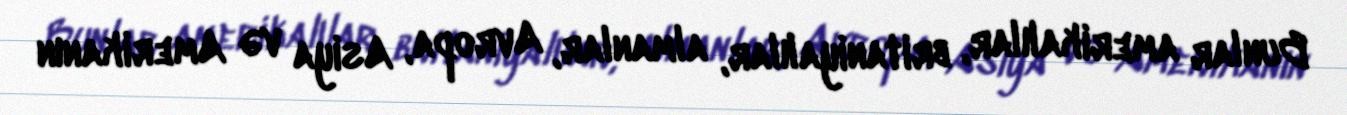
Bunlar amerikalılar, britaniyalılar, almanlar, Avropa, Asiya və Amerikanın